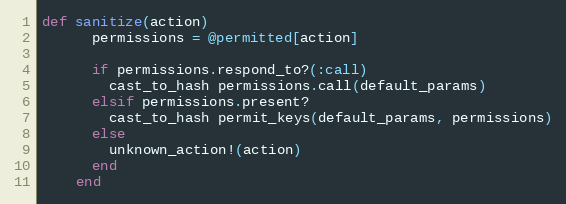
Language: Ruby
def sanitize(action)
      permissions = @permitted[action]

      if permissions.respond_to?(:call)
        cast_to_hash permissions.call(default_params)
      elsif permissions.present?
        cast_to_hash permit_keys(default_params, permissions)
      else
        unknown_action!(action)
      end
    end